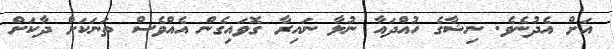
އަށް އެދުނެވެ. ނިޝާގެ ހުއްދައާ ނުލާ ނައިރާ ގޮވައިގެން އެއްވެސް ތަނަކަށް ދާކަށް